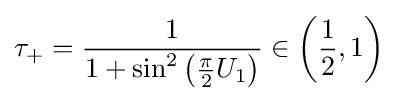
\tau _{+}={\frac {1}{1+\sin ^{2}\left({\frac {\pi }{2}}U_{1}\right)}}\in \left({\frac {1}{2}},1\right)